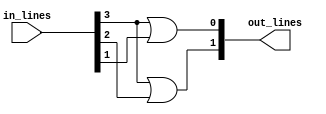
module encoder_4_to_2_dataflow(in_lines, out_lines);
    input[3:0] in_lines; // 8-bit vector for input lines
    output[1:0] out_lines; // 3-bit vector for output lines
   
    //* Dataflow Modelling
    assign out_lines[1] = in_lines[3] | in_lines[2],
           out_lines[0] = in_lines[3] | in_lines[1];
    
    //? $display should be in procedural block
    always @(out_lines[1] or out_lines[0]) begin
        $display("%b: %b", in_lines, out_lines);      
    end           
endmodule


module encoder_4_to_2_dataflow_test;
    reg[3:0] in_lines;
    
    wire[1:0] out_lines;
    
    encoder_4_to_2_dataflow wire_driver(in_lines, out_lines);
    
    initial begin
            in_lines = 4'b0001;
      #20   in_lines = 4'b0010;
      #20   in_lines = 4'b0100;
      #20   in_lines = 4'b1000;
      #20 $finish;
    end
      
endmodule